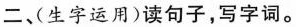
二、（生字运用）读句子，写字词。